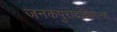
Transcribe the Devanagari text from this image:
जनकपुरादक्षिणान्शे